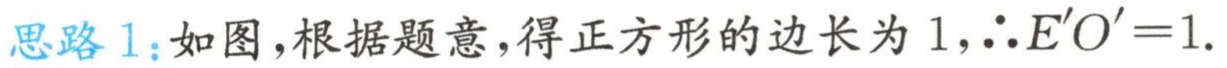
思路1：如图，根据题意，得正方形的边长为 \(1\)，\(\therefore E'O' = 1\).